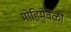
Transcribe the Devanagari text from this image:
मोहिमेवेळी